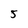
Character: 5